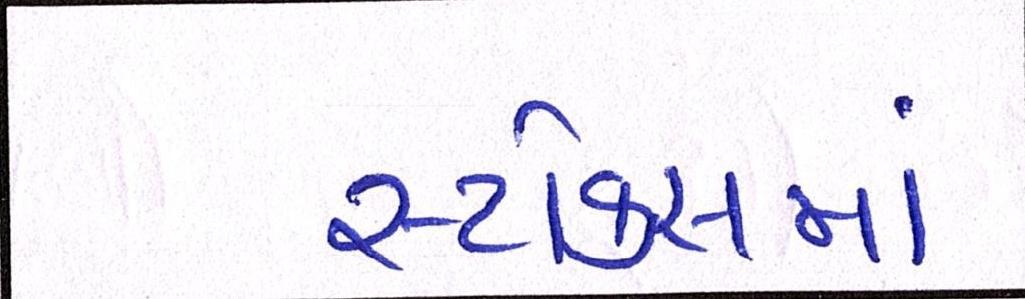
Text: સ્ટોક્સમાં